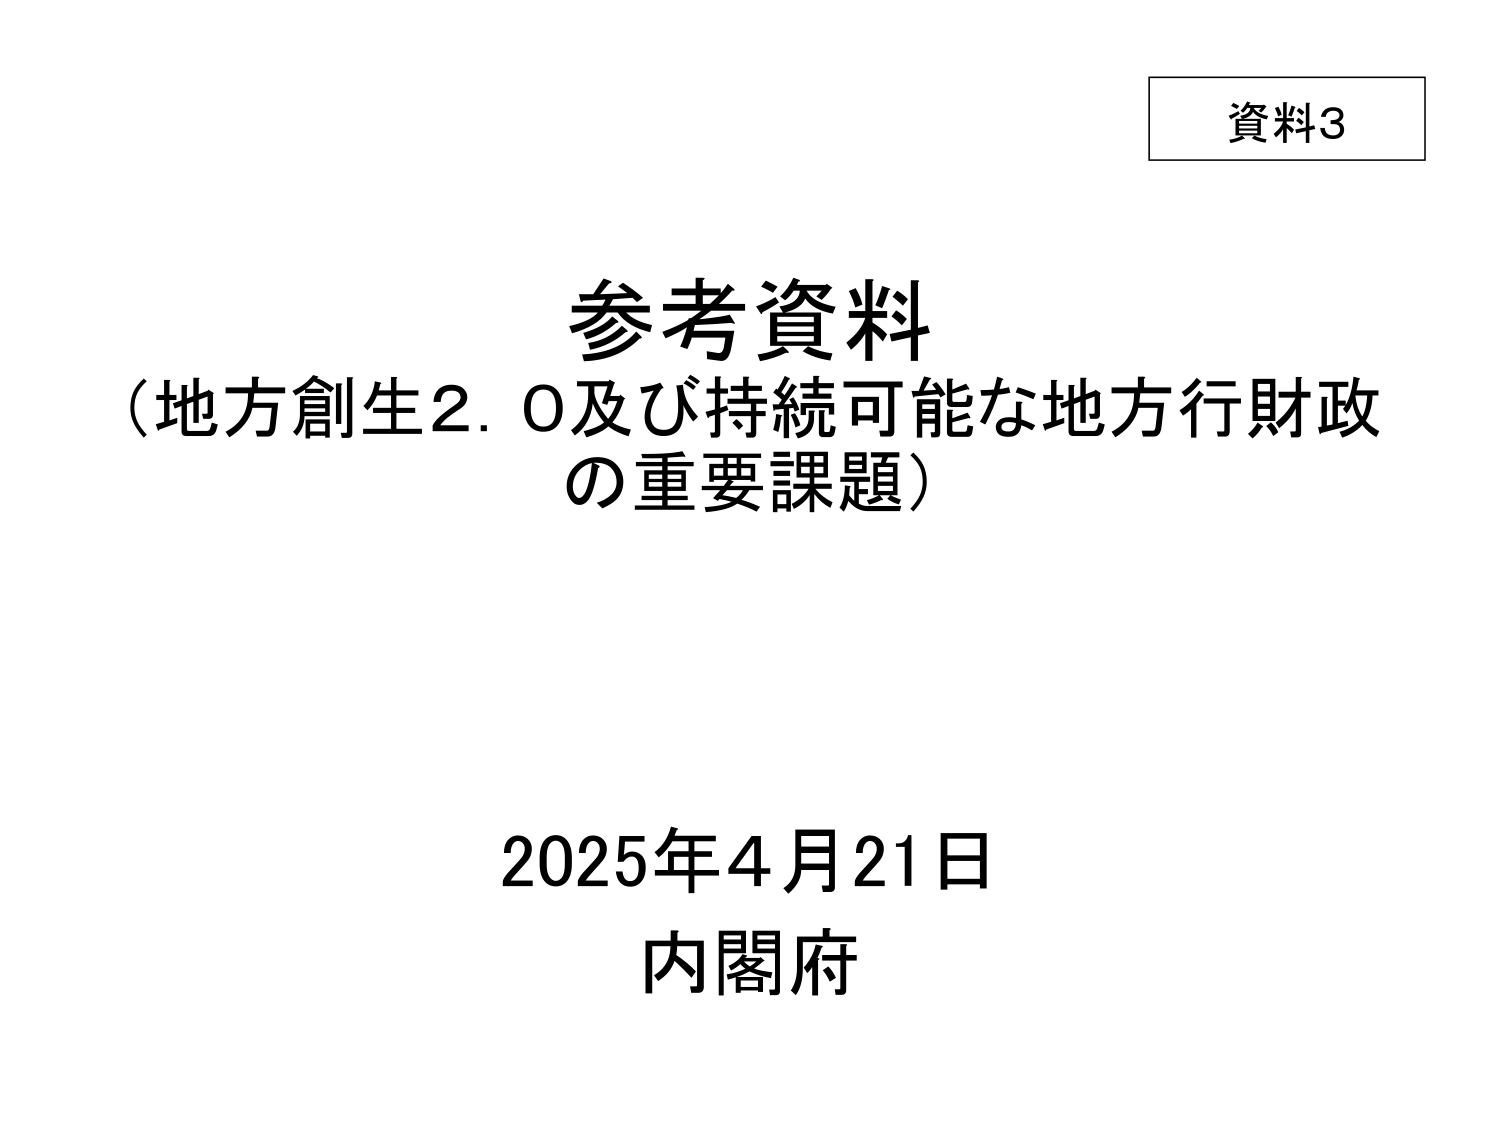
資料3

参考資料
（地方創生2.0及び持続可能な地方行財政
の重要課題）

2025年4月21日
内閣府